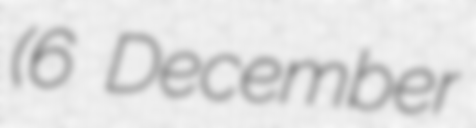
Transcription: (6 December